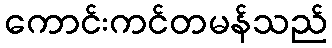
ကောင်းကင်တမန်သည်